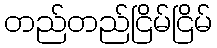
တည်တည်ငြိမ်ငြိမ်